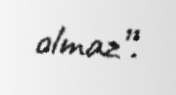
olmaz”.